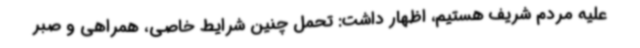
علیه مردم شریف هستیم، اظهار داشت: تحمل چنین شرایط خاصی، همراهی و صبر